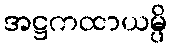
အဋ္ဌကထာယမ္ပိ